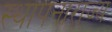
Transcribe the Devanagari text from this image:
स्थापनाराज्य